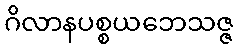
ဂိလာနပစ္စယဘေသဇ္ဇ